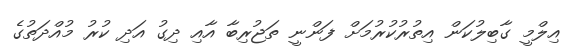
އިލްމީ ގާބިލުކަން އިތުރުކުރުމަށް ފަންނީ ތަޖުރިބާ އާއި ދިގު އަދި ކުރު މުއްދަތުގެ